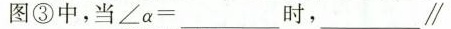
图③中，当$$∠ α = ___$$时，$$___\parallel